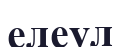
елеул